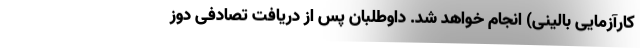
کارآزمایی بالینی) انجام خواهد شد. داوطلبان پس از دریافت تصادفی دوز